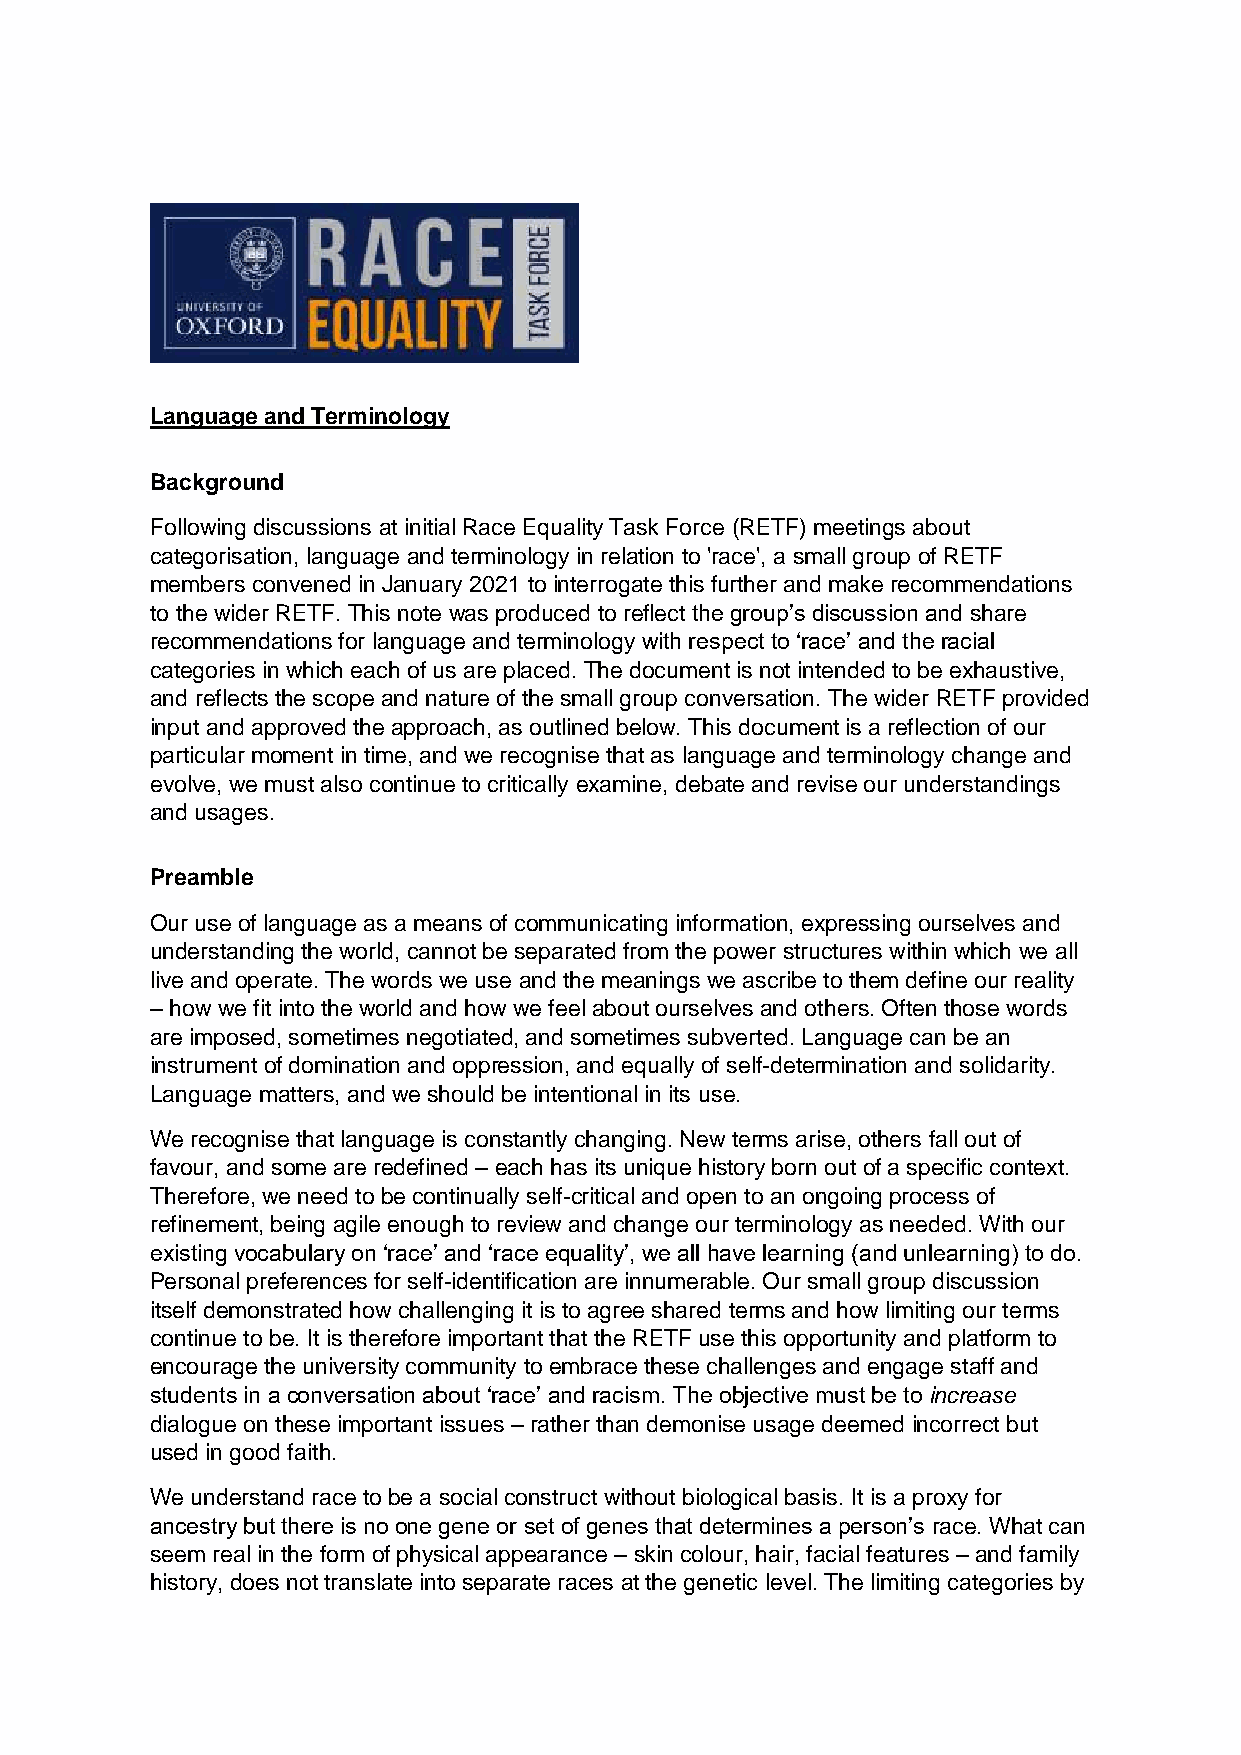
Language and Terminology
 Background
 Following discussions at initial Race Equality Task Force (RETF) meetings about
 categorisation, language and terminology in relation to 'race', a small group of RETF
 members convened in January 2021 to interrogate this further and make recommendations
 to the wider RETF. This note was produced to reflect the group’s discussion and share
 recommendations for language and terminology with respect to ‘race’ and the racial
 categories in which each of us are placed. The document is not intended to be exhaustive,
 and reflects the scope and nature of the small group conversation. The wider RETF provided
 input and approved the approach, as outlined below. This document is a reflection of our
 particular moment in time, and we recognise that as language and terminology change and
 evolve, we must also continue to critically examine, debate and revise our understandings
 and usages.
 Preamble
 Our use of language as a means of communicating information, expressing ourselves and
 understanding the world, cannot be separated from the power structures within which we all
 live and operate. The words we use and the meanings we ascribe to them define our reality
 – how we fit into the world and how we feel about ourselves and others. Often those words
 are imposed, sometimes negotiated, and sometimes subverted. Language can be an
 instrument of domination and oppression, and equally of self-determination and solidarity.
 Language matters, and we should be intentional in its use.
 We recognise that language is constantly changing. New terms arise, others fall out of
 favour, and some are redefined – each has its unique history born out of a specific context.
 Therefore, we need to be continually self-critical and open to an ongoing process of
 refinement, being agile enough to review and change our terminology as needed. With our
 existing vocabulary on ‘race’ and ‘race equality’, we all have learning (and unlearning) to do.
 Personal preferences for self-identification are innumerable. Our small group discussion
 itself demonstrated how challenging it is to agree shared terms and how limiting our terms
 continue to be. It is therefore important that the RETF use this opportunity and platform to
 encourage the university community to embrace these challenges and engage staff and
 students in a conversation about ‘race’ and racism. The objective must be to increase
 dialogue on these important issues – rather than demonise usage deemed incorrect but
 used in good faith.
 We understand race to be a social construct without biological basis. It is a proxy for
 ancestry but there is no one gene or set of genes that determines a person’s race. What can
 seem real in the form of physical appearance – skin colour, hair, facial features – and family
 history, does not translate into separate races at the genetic level. The limiting categories by